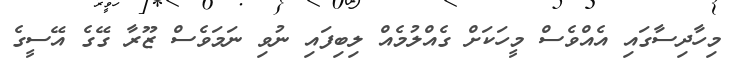
މިހާދިސާގައި އެއްވެސް މީހަކަށް ގެއްލުމެއް ލިބިފައި ނުވި ނަމަވެސް ޒޫރާ ގޭގެ އޭސީގެ